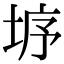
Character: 垿